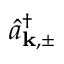
\hat { a } _ { \mathbf { k } , \pm } ^ { \dagger }